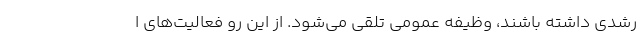
رشدی داشته باشند، وظیفه عمومی تلقی می‌شود. از این رو فعالیت‌های ا